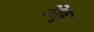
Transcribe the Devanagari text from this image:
नेरेक्कू